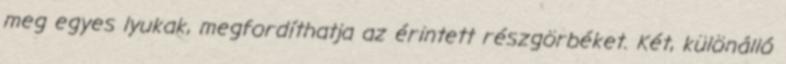
meg egyes lyukak, megfordíthatja az érintett részgörbéket. Két, különálló